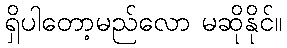
ရှိပါတော့မည်လော မဆိုနိုင်။